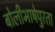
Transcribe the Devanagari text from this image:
बोलीभाषेपुरता